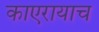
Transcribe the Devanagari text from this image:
काएरायाच